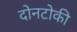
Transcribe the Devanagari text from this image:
दोनटोकी